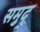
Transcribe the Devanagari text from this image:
समुद्र्